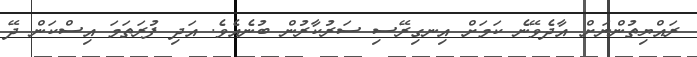
ރައްޔިތުންނަށް އާދެވޭނެ ކަމަށް އިނގިރޭސި ސަރުކާރުން ބުނެއެވެ. އަދި ފުރަތަމަ އިސްކަން ދޭ